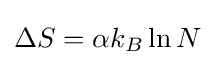
\Delta S=\alpha k_{B}\ln N